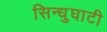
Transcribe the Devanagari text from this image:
सिन्‍धुघाटी